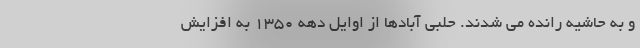
و به حاشیه رانده می شدند. حلبی آبادها از اوایل دهه 1350 به افزایش